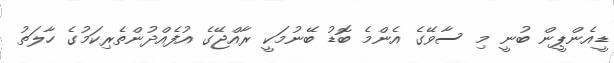
ޑީއެންޕީން ބުނީ މި ސާވޭގެ އެންމެ ބޮޑު ބޭނުމަކީ ރާއްޖޭގެ އުފެއްދުންތެރިކަމުގެ ހާލަތު